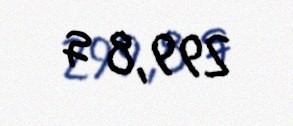
299,8 q